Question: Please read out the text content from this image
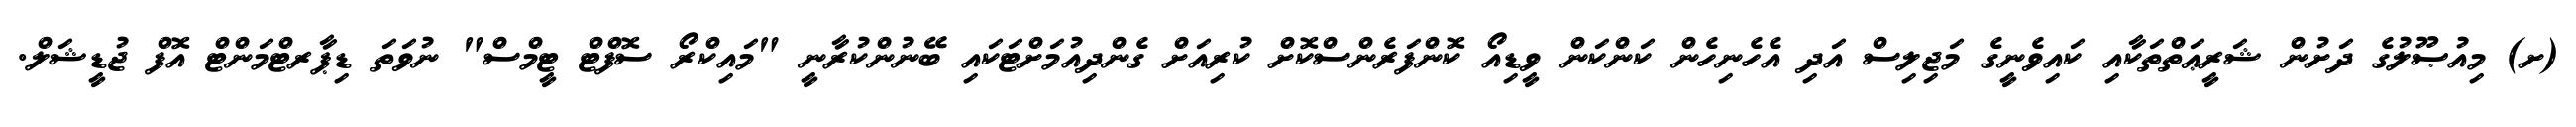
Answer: (ށ) މިއުޞޫލުގެ ދަށުން ޝަރީޢަތްތަކާއި ކައިވެނީގެ މަޖިލިސް އަދި އެހެނިހެން ކަންކަން ވީޑިއޯ ކޮންފަރެންސްކޮށް ކުރިއަށް ގެންދިއުމަށްޓަކައި ބޭނުންކުރާނީ "މައިކްރޯ ސޮފްޓް ޓީމްސް" ނުވަތަ ޑިޕާރޓްމަންޓް އޮފް ޖުޑީޝަލް.